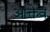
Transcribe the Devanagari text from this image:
आक्तेव